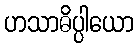
ဟသာဓိပ္ပါယော